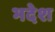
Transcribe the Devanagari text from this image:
भदेश